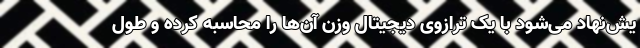
یش‌نهاد می‌شود با یک ترازویِ دیجیتال وزن آن‌ها را محاسبه کرده و طول